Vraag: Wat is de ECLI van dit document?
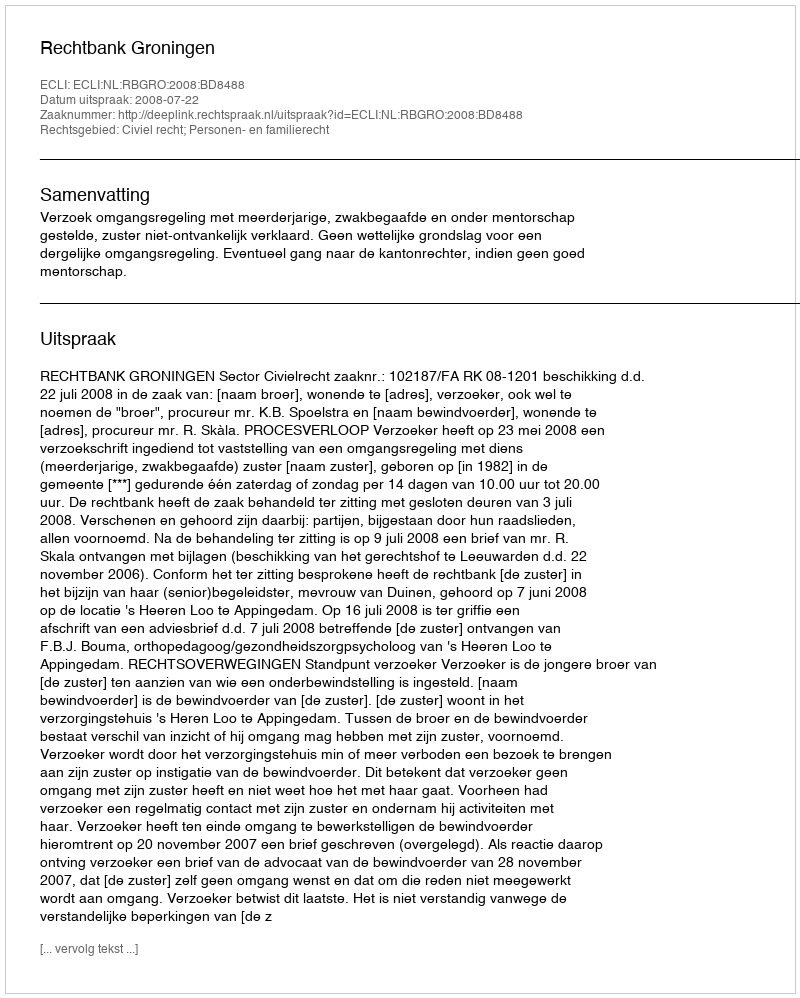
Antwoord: ECLI:NL:RBGRO:2008:BD8488